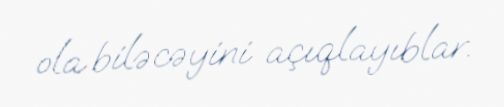
ola biləcəyini açıqlayıblar.